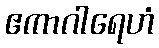
ဧကာဂါရေဟံ